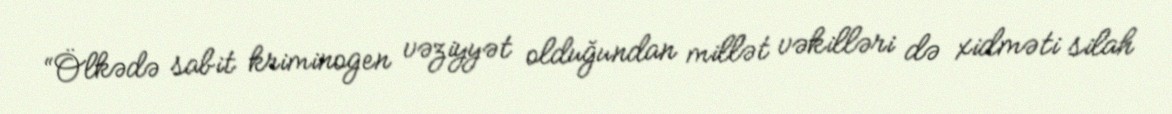
“Ölkədə sabit kriminogen vəziyyət olduğundan millət vəkilləri də xidməti silah